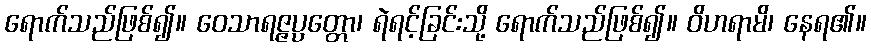
ရောက်သည်ဖြစ်၍။ ဝေသာရဇ္ဇပ္ပတ္တော၊ ရဲရင့်ခြင်းသို့ ရောက်သည်ဖြစ်၍။ ဝိဟရာမိ၊ နေရ၏။